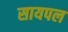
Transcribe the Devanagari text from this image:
सायपल